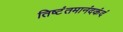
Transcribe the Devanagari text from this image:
तिष्टंतमानंदकंदं